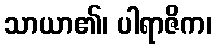
သာယာ၏၊ ပါရာဇိက၊